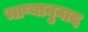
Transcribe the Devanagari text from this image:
भाष्यानुवाद